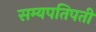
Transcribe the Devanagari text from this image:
सम्यपतिपती